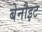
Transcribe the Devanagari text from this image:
बेनौइट